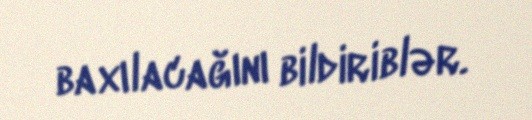
baxılacağını bildiriblər.